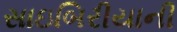
સાઇબિરીયાની